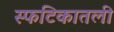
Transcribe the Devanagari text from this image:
स्फटिकातली